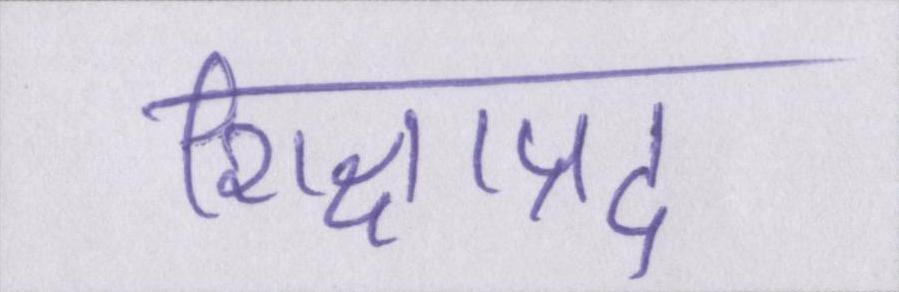
शिक्षाप्रद